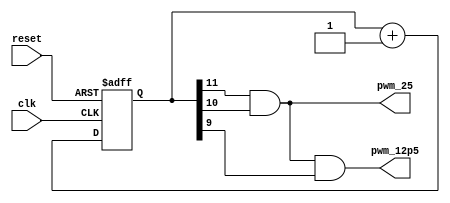
`timescale 1ns / 1ps
//////////////////////////////////////////////////////////////////////////////////
// Company: 
// Engineer: 
// 
// Design Name: 
// Module Name: pwm_gen
// Project Name: 
// Target Devices: 
// Tool Versions: 
// Description: generate 25% and 12.5% duty cycle signals, divided down from 100MHz clock
// 
// Dependencies: 
// 
// Revision:
// Revision 0.01 - File Created
// Additional Comments:
// 
//////////////////////////////////////////////////////////////////////////////////

module pwm_gen(
		 input clk,
		 input reset,
		 output pwm_12p5,
		 output pwm_25
		 );
		 
   reg [11:0]	pwm_cnt;
   
   always @(posedge clk or posedge reset)
     if (reset)
       pwm_cnt <= 0;
     else
       pwm_cnt <= pwm_cnt + 1;

   assign pwm_12p5 = pwm_cnt[11] & pwm_cnt[10] & pwm_cnt[9];
   assign pwm_25 = pwm_cnt[11] & pwm_cnt[10];
   
endmodule